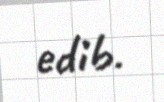
edib.